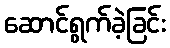
ဆောင်ရွက်ခဲ့ခြင်း